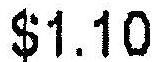
$1.10